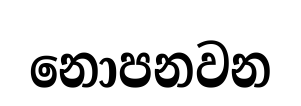
නොපනවන